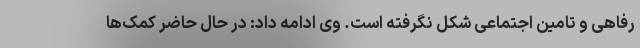
رفاهی و تامین اجتماعی شکل نگرفته است. وی ادامه داد: در حال حاضر کمک‌ها